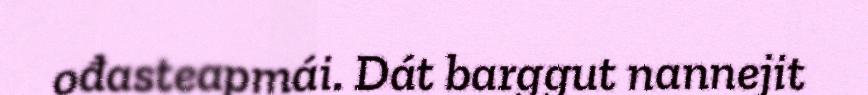
ođasteapmái. Dát barggut nannejit